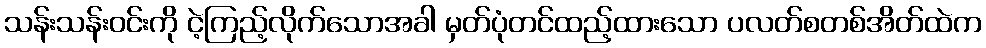
သန်းသန်းဝင်းကို ငဲ့ကြည့်လိုက်သောအခါ မှတ်ပုံတင်ထည့်ထားသော ပလတ်စတစ်အိတ်ထဲက